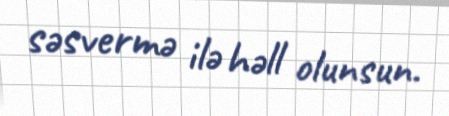
səsvermə ilə həll olunsun.